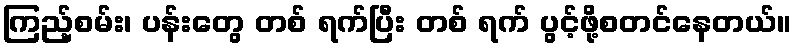
ကြည့်စမ်း၊ ပန်းတွေ တစ် ရက်ပြီး တစ် ရက် ပွင့်ဖို့စတင်နေတယ်။